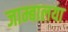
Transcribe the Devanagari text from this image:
जाम्बालया